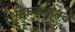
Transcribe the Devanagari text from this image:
मॅककरानचे